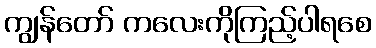
ကျွန်တော် ကလေးကိုကြည့်ပါရစေ